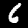
Digit: 6